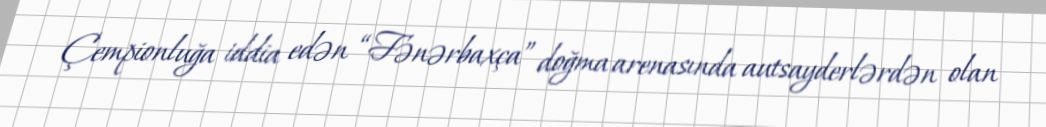
Çempionluğa iddia edən “Fənərbaxça” doğma arenasında autsayderlərdən olan